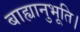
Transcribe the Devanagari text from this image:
बाह्यानुभूति।